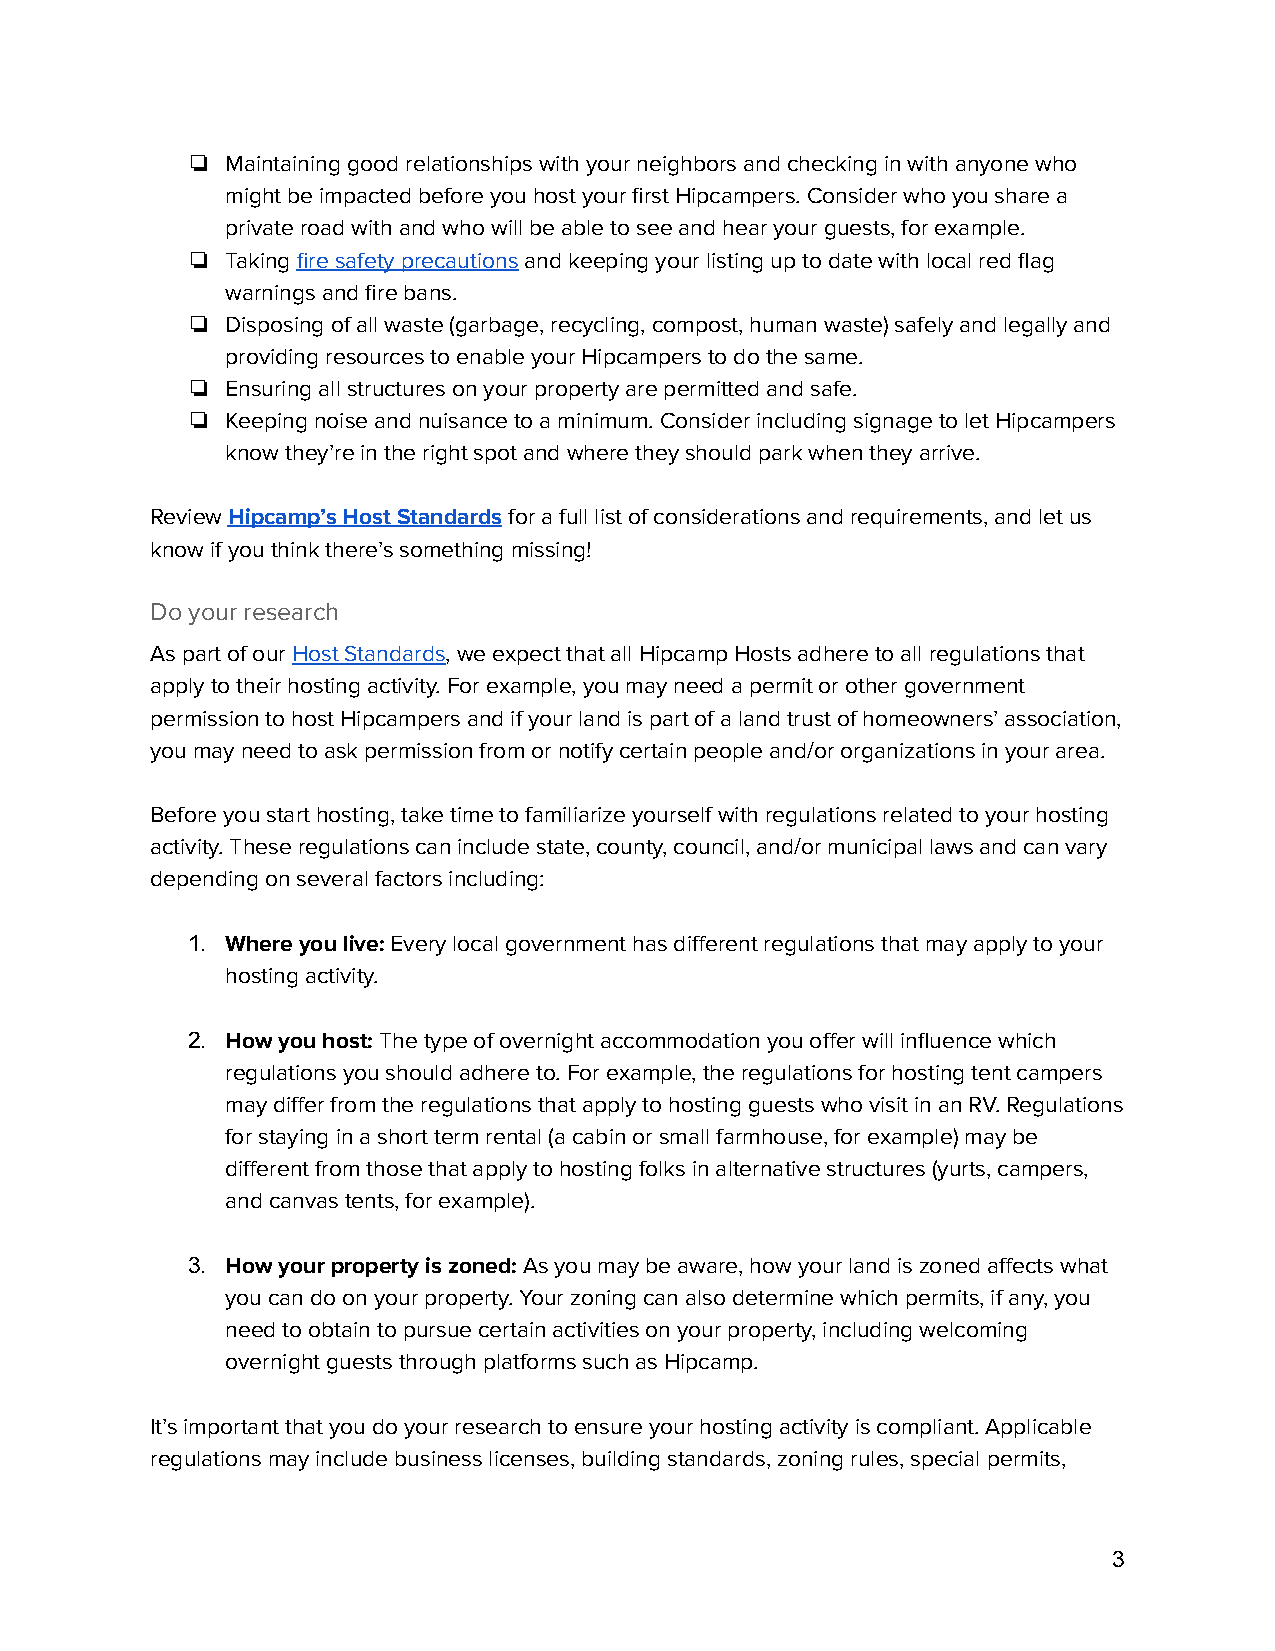
❏  Maintaining good relationships with your neighbors and checking in with anyone who
 might be impacted before you host your first Hipcampers. Consider who you share a
 private road with and who will be able to see and hear your guests, for example.
 ❏  Takingfire safety precautionsand keeping your listingup to date with local red flag
 warnings and fire bans.
 ❏  Disposing of all waste (garbage, recycling, compost, human waste) safely and legally and
 providing resources to enable your Hipcampers to do the same.
 ❏  Ensuring all structures on your property are permitted and safe.
 ❏  Keeping noise and nuisance to a minimum. Consider including signage to let Hipcampers
 know they’re in the right spot and where they should park when they arrive.
 ReviewHipcamp’s Host Standardsfor a full list ofconsiderations and requirements, and let us
 know if you think there’s something missing!
 Do your research
 As part of ourHost Standards, we expect that allHipcamp Hosts adhere to all regulations that
 apply to their hosting activity. For example, you may need a permit or other government
 permission to host Hipcampers and if your land is part of a land trust of homeowners’ association,
 you may need to ask permission from or notify certain people and/or organizations in your area.
 Before you start hosting, take time to familiarize yourself with regulations related to your hosting
 activity. These regulations can include state, county, council, and/or municipal laws and can vary
 depending on several factors including:
 1. Where you live:Every local government has differentregulations that may apply to your
 hosting activity.
 2. How you host:The type of overnight accommodationyou offer will influence which
 regulations you should adhere to. For example, the regulations for hosting tent campers
 may differ from the regulations that apply to hosting guests who visit in an RV. Regulations
 for staying in a short term rental (a cabin or small farmhouse, for example) may be
 different from those that apply to hosting folks in alternative structures (yurts, campers,
 and canvas tents, for example).
 3. How your property is zoned:As you may be aware, howyour land is zoned affects what
 you can do on your property. Your zoning can also determine which permits, if any, you
 need to obtain to pursue certain activities on your property, including welcoming
 overnight guests through platforms such as Hipcamp.
 It’s important that you do your research to ensure your hosting activity is compliant. Applicable
 regulations may include business licenses, building standards, zoning rules, special permits,
 3